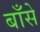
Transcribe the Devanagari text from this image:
बाँसे